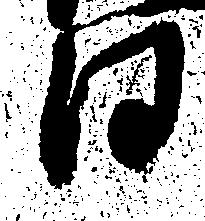
日